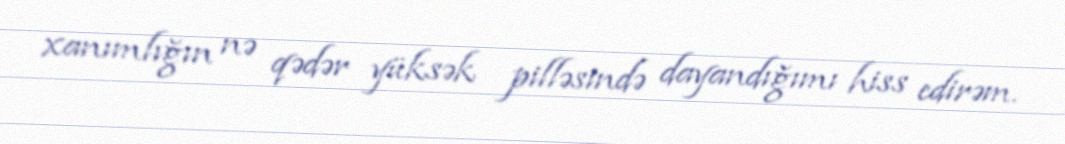
xanımlığın nə qədər yüksək pilləsində dayandığımı hiss edirəm.